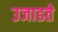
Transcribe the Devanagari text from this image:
उजाडते